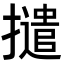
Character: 𭢵